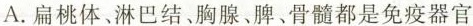
A.扁桃体、淋巴结、胸腺、脾、骨髓都是免疫器官